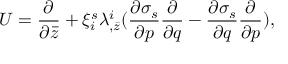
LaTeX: { \cal U } = { \frac { \partial } { \partial \bar { z } } } + \xi _ { i } ^ { s } \lambda _ { , \bar { z } } ^ { i } ( { \frac { \partial \sigma _ { s } } { \partial p } } { \frac { \partial } { \partial q } } - { \frac { \partial \sigma _ { s } } { \partial q } } { \frac { \partial } { \partial p } } ) ,